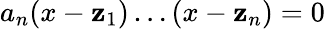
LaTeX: a_{n}(x-\mathbf{z}_{1})\dots(x-\mathbf{z}_{n})=0